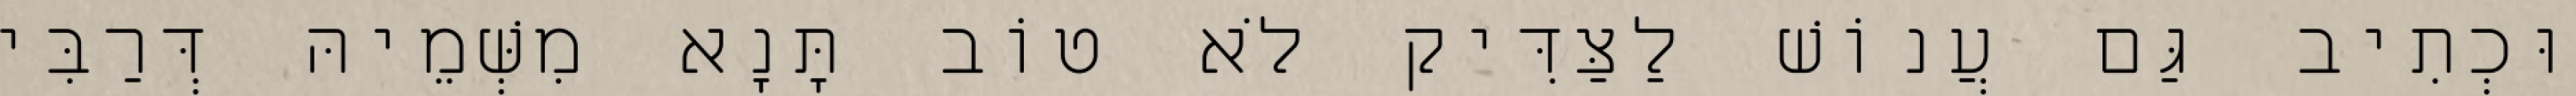
וּכְתִיב גַּם עֲנוֹשׁ לַצַּדִּיק לֹא טוֹב תָּנָא מִשְּׁמֵיהּ דְּרַבִּי